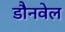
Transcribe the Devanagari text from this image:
डौनवेल